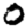
Digit: 0